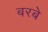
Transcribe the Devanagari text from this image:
बरबे